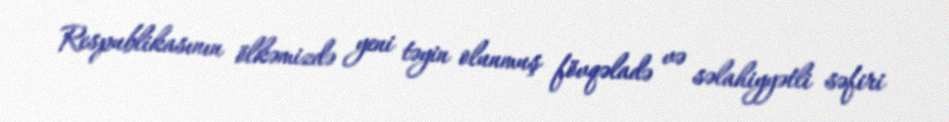
Respublikasının ölkəmizdə yeni təyin olunmuş fövqəladə və səlahiyyətli səfiri